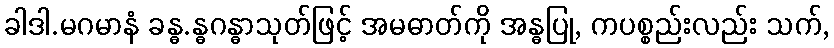
ခါဒါ.မဂမာနံ ခန္ဓ.န္ဓဂန္ဓာသုတ်ဖြင့် အမဓာတ်ကို အန္ဓပြု, ကပစ္စည်းလည်း သက်,